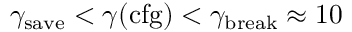
\gamma _ { \mathrm { s a v e } } < \gamma ( \mathrm { c f g } ) < \gamma _ { \mathrm { b r e a k } } \approx 1 0